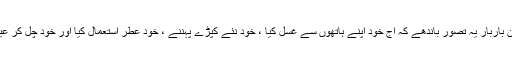
نیز عید کے دن باربار یہ تصور باندھے کہ آج خود اپنے ہاتھوں سے غسل کیا ، خود نئے کپڑے پہننے ، خود عطر استعمال کیا اور خود چل کر عید گاہ کو گئے۔